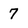
Character: 7